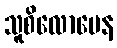
သူစိလောမေန